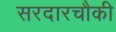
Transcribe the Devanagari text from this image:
सरदारचौकी